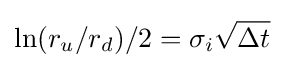
\ln(r_{u}/r_{d})/2=\sigma _{i}{\sqrt {\Delta t}}